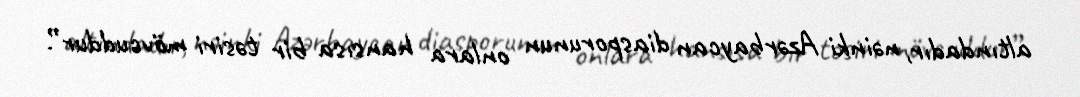
altındadır, nəinki Azərbaycan diasporunun onlara hansısa bir təsiri mövcuddur”.